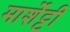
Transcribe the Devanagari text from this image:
मार्शेट्टी